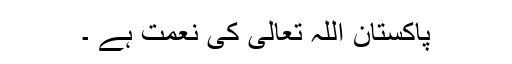
پاکستان اللہ تعالیٰ کی نعمت ہے ۔